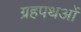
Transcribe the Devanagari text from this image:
ग्रहपथओं